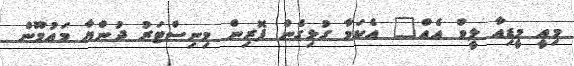
މިއީ މީޑިއާ ލީވް އެއް" އެކަމާ ގުޅިގެން ފޮރިން މިނިސްޓަރު ދުންޔާ މައުމޫން